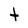
Character: t